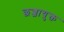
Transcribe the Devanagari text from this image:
छज्जायुक्त